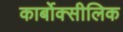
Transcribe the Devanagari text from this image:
कार्बोक्सीलिक